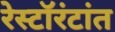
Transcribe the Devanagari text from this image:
रेस्टॉरंटांत